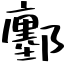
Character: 鄽